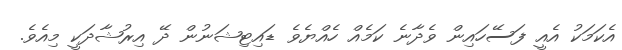
އެކަމަކު އެއީ ފަސޭހައިން ވެދާނެ ކަމެއް ހެއްޔެވެ ޑައިޓިޝަނުން ދޭ އިރުޝާދަކީ މިއެވެ.